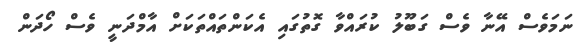
ނަމަވެސް އޭނާ ވެސް ގަބޫލު ކުރައްވާ ގޮތުގައި އެކަންތައްތަކަށް އާމްދަނީ ވެސް ހޯދަން